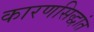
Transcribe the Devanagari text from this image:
कारणसिद्धांत